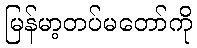
မြန်မာ့တပ်မတော်ကို